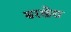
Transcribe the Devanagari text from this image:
बरखेरा